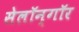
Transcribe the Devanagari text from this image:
सेलॉन्गॉर